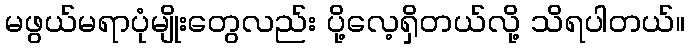
မဖွယ်မရာပုံမျိုးတွေလည်း ပို့လေ့ရှိတယ်လို့ သိရပါတယ်။